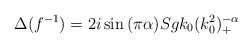
\begin{align*}\Delta(f^{-1})=2 i \sin{(\pi\alpha)}Sgk_0(k_0^2)_+^{-\alpha}\end{align*}